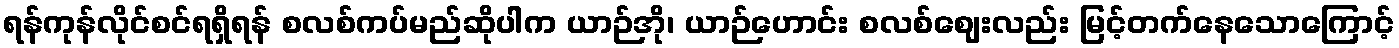
ရန်ကုန်လိုင်စင်ရရှိရန် စလစ်ကပ်မည်ဆိုပါက ယာဉ်အို၊ ယာဉ်ဟောင်း စလစ်ဈေးလည်း မြင့်တက်နေသောကြောင့်